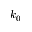
k _ { 0 }